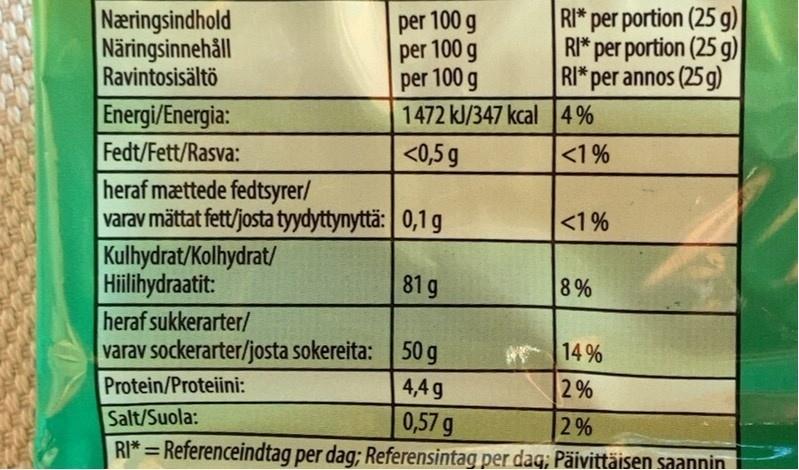
Næringsindhold Näringsinnehåll Ravintosisältö
per 100 g per 100 g per 100 g 1472 kJ/347 kcal4% <0,5 g
RI* per portion (25 g) RI* per portion (25 g) RI* per annos (25g)
Energi/Energia: Fedt/Fett/Rasva:
<1%
heraf mættede fedtsyrer/ varav mättat fett/josta tyydyttynyttä: 0,1 g Kulhydrat/Kolhydrat/ Hililihydraatit: heraf sukkerarter/ varav sockerarter/josta sokereita: | 50 g Protein/Proteiini: Salt/Suola: RI* = Referenceindtag per dag; Referensintag per dag; Päivittäisen saannin
<1%
81 g
8%
14 %
4,4 g
2%
0,57 g
2 %
%3D